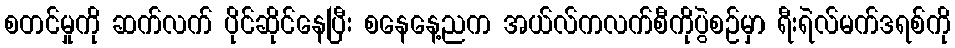
စတင်မှုကို ဆက်လက် ပိုင်ဆိုင်နေပြီး စနေနေ့ညက အယ်လ်ကလက်စီကိုပွဲစဉ်မှာ ရီးရဲလ်မက်ဒရစ်ကို